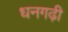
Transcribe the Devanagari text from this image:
धनगढ़ी